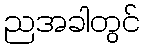
ညအခါတွင်